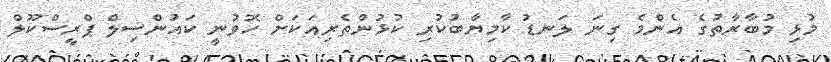
މުޅި މުބާރާތުގެ އެންމެ ގިނަ ލަނޑު ކާމިޔާބުކުރި ކުޅުންތެރިއަކަށް ހޮވުނީ ކައުންސިލް ޕްރީސްކޫލް